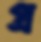
প্র